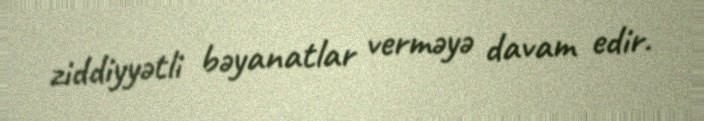
ziddiyyətli bəyanatlar verməyə davam edir.